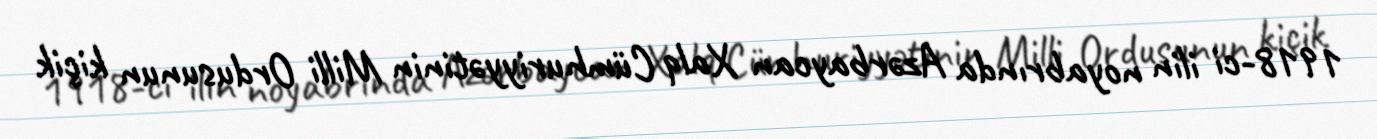
1918-ci ilin noyabrında Azərbaycan Xalq Cümhuriyyətinin Milli Ordusunun kiçik